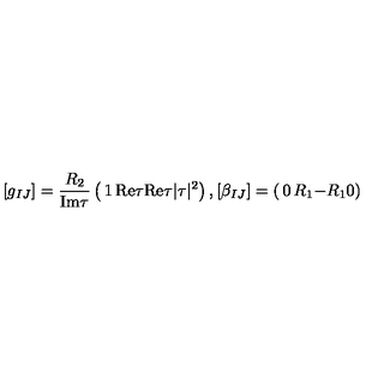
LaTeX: [ g _ { I J } ] = \frac { R _ { 2 } } { \mathrm { I m } \tau } \left( \begin{matrix} { 1 } & { \mathrm { R e } \tau } \\ { \mathrm { R e } \tau } & { | \tau | ^ { 2 } } \\ \end{matrix} \right) , [ \beta _ { I J } ] = \left( \begin{matrix} { 0 } & { R _ { 1 } } \\ { - R _ { 1 } } & { 0 } \\ \end{matrix} \right)